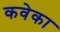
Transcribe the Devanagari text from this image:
कवेका